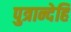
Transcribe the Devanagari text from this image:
पुत्रान्देहि